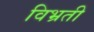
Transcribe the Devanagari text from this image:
विभ्रती